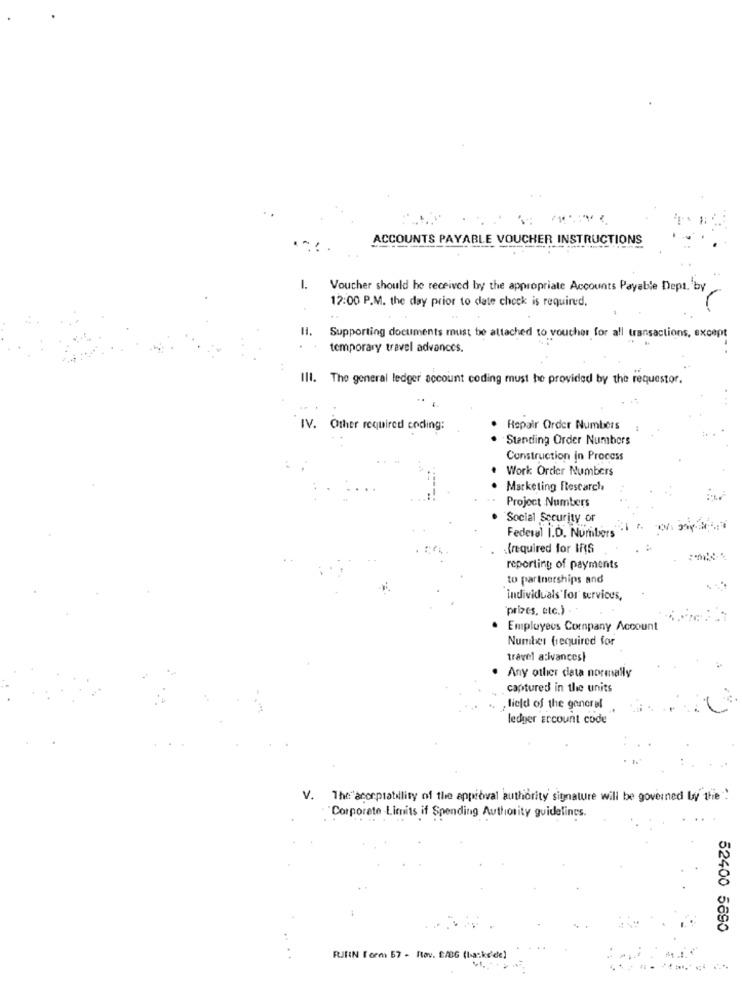
ACCOUNTS PAYABLE VOUCHER INSTRUCTIONS
1.
Voucher should he received by the appropriate Accounts Payable Dept. by
12:00 P.M. the day prior to date check is required.
Supporting documents must be attached to voucher for all transactions, except
temporary travel advances.
III. The general ledger account coding must be provided by the requestor.
IV. Other required coding:
Repair Order Numbers
. Standing Order Numbers
Construction in Process
Work Order Numbers
Marketing Flesearch
Project Numbers
Social Security or
Federal I.D. Nuribers
(required for IRS
reporting of payments
to partnerships and
individuals for services,
"prizes, etc.) .
Employees Company Account
Number (required for
travel a:ivances)
Any other data normally
captured in the units
field of the general
ledger account code
The"acorptatillity of the appidwal authority signature will be governed by thie!
"Corporate-Limits if Spending Authority guidelines.
52400 5690
RJRN form 57 - Itov. 8/8G (ba:ke'de)